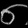
Digit: ၈